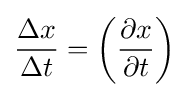
{\frac {\Delta x}{\Delta t}}=\left({\frac {\partial x}{\partial t}}\right)